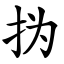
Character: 㧑